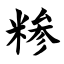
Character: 糁